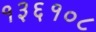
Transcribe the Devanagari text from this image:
१३६१०८